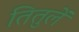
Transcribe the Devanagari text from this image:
तितुलें